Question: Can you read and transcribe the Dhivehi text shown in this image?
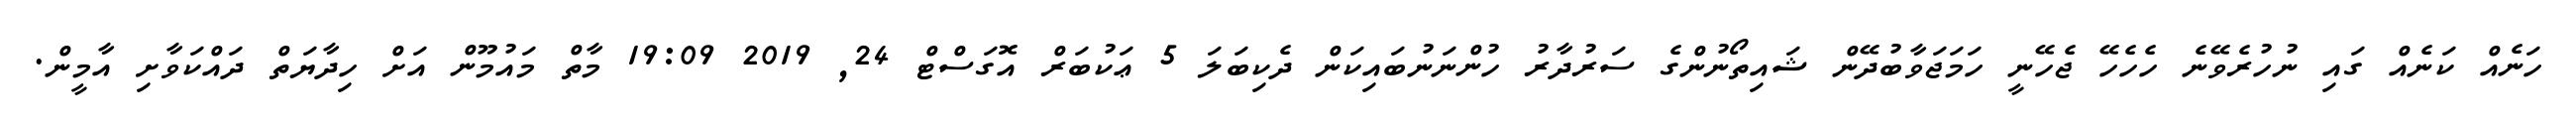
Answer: ހަނެއް ކަނެއް ގައި ނުހުރެވޭނެ ހެހެހޭ ޖެހޭނީ ހަމަޖަވާބުދޭން ޝައިތޯނުންގެ ސަރުދާރު ހުންނަނުބައިކަން ދެކިބަލަ 5 ޢަކުބަރް އޮގަސްޓް 24, 2019 19:09 މާތް މައުމޫން އަށް ހިދާޔަތް ދައްކަވާށި އާމީން.